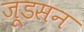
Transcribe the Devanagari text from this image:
जूडसन